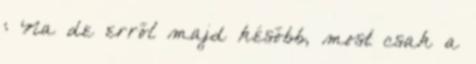
: Na de erről majd később, most csak a